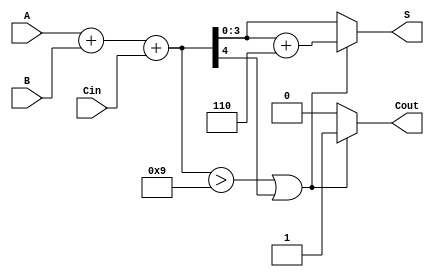
module BCD_Async_Adder (
    input [3:0] A,     // 4-bit BCD input A
    input [3:0] B,     // 4-bit BCD input B
    input Cin,         // Carry-in input
    output reg [3:0] S, // 4-bit BCD output
    output reg Cout     // Carry-out output
);

    wire [4:0] sum;    // 5-bit sum to hold the result of A + B + Cin
    wire correction;    // Signal to indicate if correction is needed

    // Step 1: Perform binary addition
    assign sum = A + B + Cin;

    // Step 2: Determine if correction is needed
    assign correction = (sum > 9) || sum[4]; // True if sum exceeds 9 or if there is a carry

    // Step 3: Generate the BCD output and carry-out
    always @(*) begin
        if (correction) begin
            S = sum + 6;   // Apply BCD correction
            Cout = 1;      // Set carry-out
        end else begin
            S = sum[3:0];  // No correction needed
            Cout = 0;      // No carry-out
        end
    end

endmodule